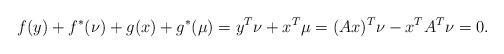
LaTeX: \begin{align*}f(y) + f^*(\nu) + g(x) + g^*(\mu) = y^T\nu + x^T\mu = (Ax)^T\nu -x^T A^T\nu = 0. \end{align*}